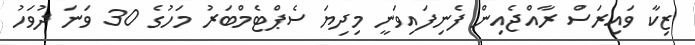
ޒިކާ ވައިރަސް ރާއްޖެއިން ފެނިފައިވަނީ މިދިޔަ ސެޕްޓެމްބަރު މަހުގެ 30 ވަނަ ދުވަހު